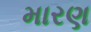
મારણ